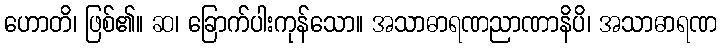
ဟောတိ၊ ဖြစ်၏။ ဆ၊ ခြောက်ပါးကုန်သော။ အသာဓာရဏညာဏာနိပိ၊ အသာဓာရဏ